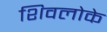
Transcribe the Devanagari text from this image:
शिवलोके